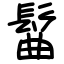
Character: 髷